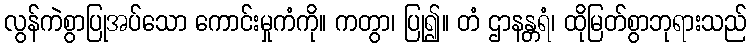
လွန်ကဲစွာပြုအပ်သော ကောင်းမှုကံကို။ ကတွာ၊ ပြု၍။ တံ ဌာနန္တရံ၊ ထိုမြတ်စွာဘုရားသည်